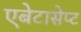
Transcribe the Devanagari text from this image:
एबेटासेप्ट